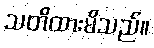
သတိထားမိသည်။